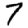
Digit: 7